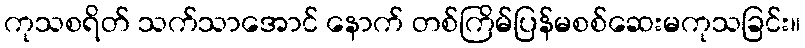
ကုသစရိတ် သက်သာအောင် နောက် တစ်ကြိမ်ပြန်မစစ်ဆေးမကုသခြင်း။